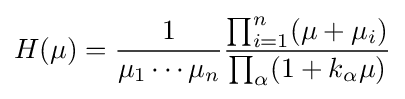
H(\mu )={\frac {1}{\mu _{1}\cdots \mu _{n}}}{\frac {\prod _{i=1}^{n}(\mu +\mu _{i})}{\prod _{\alpha }(1+k_{\alpha }\mu )}}